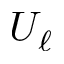
U _ { \ell }